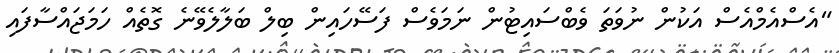
"އެސްއެމްއެސް އަކުން ނުވަތަ ވެބްސައިޓުން ނަމަވެސް ފަސޭހައިން ބިލް ބަލާލެވޭނެ ގޮތެއް ހަމަޖައްސާފައި